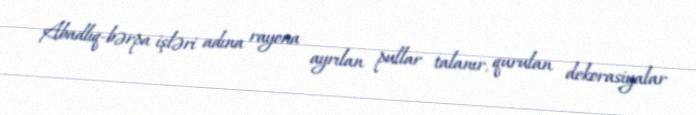
Abadlıq-bərpa işləri adına rayona ayrılan pullar talanır, qurulan dekorasiyalar